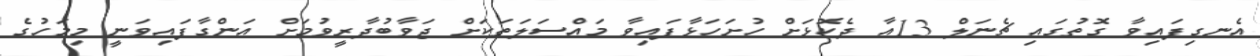
އެނގިފައިވާ ގޮތުގައި ޗެނަލް 13އާ ދެކޮޅަށް ހުށަހަޅާފައިވާ މައްސަލަތަކަށް ޖަވާބުދާރީވުމަށް އަންގާފައިވަނީ މިމަހުގެ